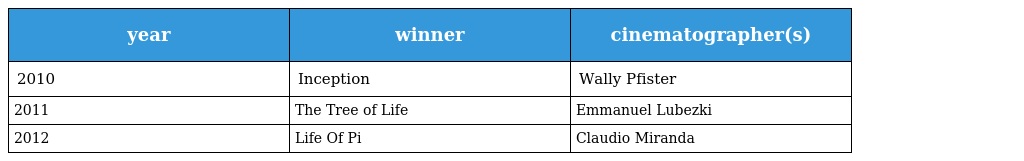
| year | winner | cinematographer(s) |
 | --- | --- | --- |
 | 2010 | Inception | Wally Pfister |
 | 2011 | The Tree of Life | Emmanuel Lubezki |
 | 2012 | Life Of Pi | Claudio Miranda |